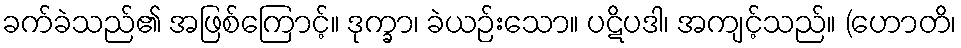
ခက်ခဲသည်၏ အဖြစ်ကြောင့်။ ဒုက္ခာ၊ ခဲယဉ်းသော။ ပဋိပဒါ၊ အကျင့်သည်။ (ဟောတိ၊